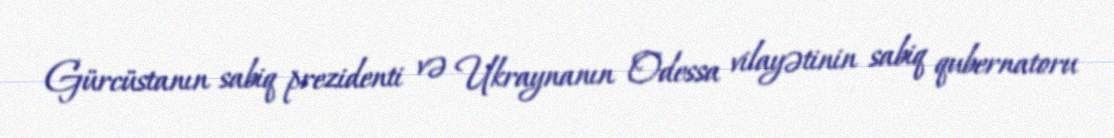
Gürcüstanın sabiq prezidenti və Ukraynanın Odessa vilayətinin sabiq qubernatoru